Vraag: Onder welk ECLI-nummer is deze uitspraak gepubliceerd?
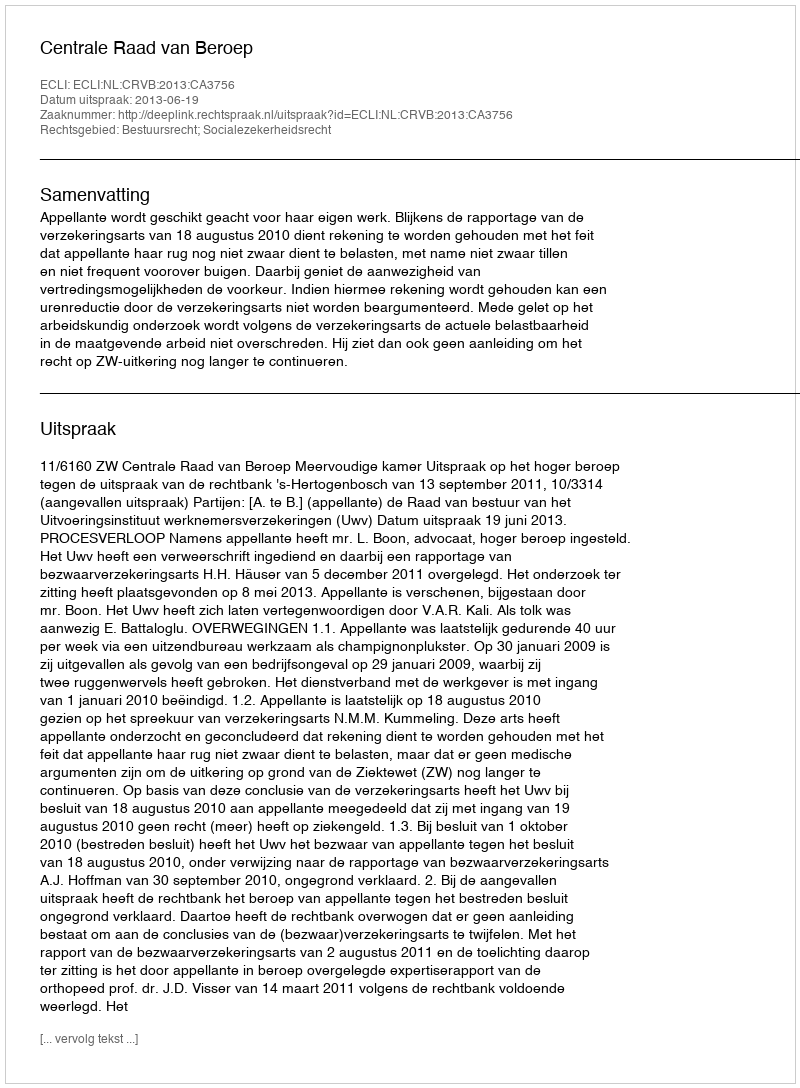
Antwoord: ECLI:NL:CRVB:2013:CA3756